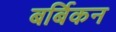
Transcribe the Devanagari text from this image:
बर्बिकन